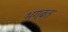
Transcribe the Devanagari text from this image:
भगबत